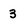
Character: 3